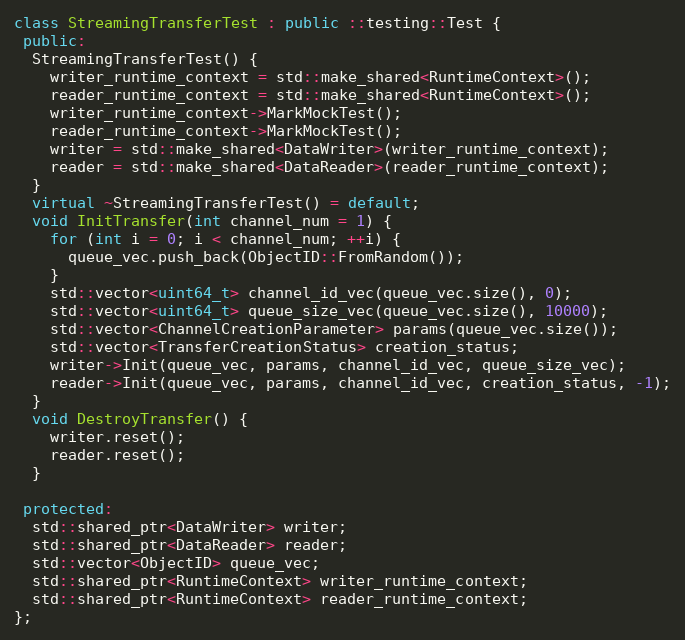
Language: C++
class StreamingTransferTest : public ::testing::Test {
 public:
  StreamingTransferTest() {
    writer_runtime_context = std::make_shared<RuntimeContext>();
    reader_runtime_context = std::make_shared<RuntimeContext>();
    writer_runtime_context->MarkMockTest();
    reader_runtime_context->MarkMockTest();
    writer = std::make_shared<DataWriter>(writer_runtime_context);
    reader = std::make_shared<DataReader>(reader_runtime_context);
  }
  virtual ~StreamingTransferTest() = default;
  void InitTransfer(int channel_num = 1) {
    for (int i = 0; i < channel_num; ++i) {
      queue_vec.push_back(ObjectID::FromRandom());
    }
    std::vector<uint64_t> channel_id_vec(queue_vec.size(), 0);
    std::vector<uint64_t> queue_size_vec(queue_vec.size(), 10000);
    std::vector<ChannelCreationParameter> params(queue_vec.size());
    std::vector<TransferCreationStatus> creation_status;
    writer->Init(queue_vec, params, channel_id_vec, queue_size_vec);
    reader->Init(queue_vec, params, channel_id_vec, creation_status, -1);
  }
  void DestroyTransfer() {
    writer.reset();
    reader.reset();
  }

 protected:
  std::shared_ptr<DataWriter> writer;
  std::shared_ptr<DataReader> reader;
  std::vector<ObjectID> queue_vec;
  std::shared_ptr<RuntimeContext> writer_runtime_context;
  std::shared_ptr<RuntimeContext> reader_runtime_context;
};